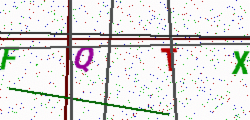
Text: FQTX